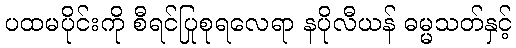
ပထမပိုင်းကို စီရင်ပြုစုရလေရာ နပိုလီယန် ဓမ္မသတ်နှင့်